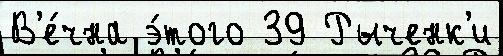
В'е́чна э́того 39 Рыченк'и